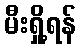
မီးရှို့ရန်